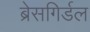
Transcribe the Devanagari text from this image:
ब्रेसगिर्डल